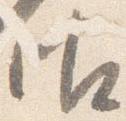
御